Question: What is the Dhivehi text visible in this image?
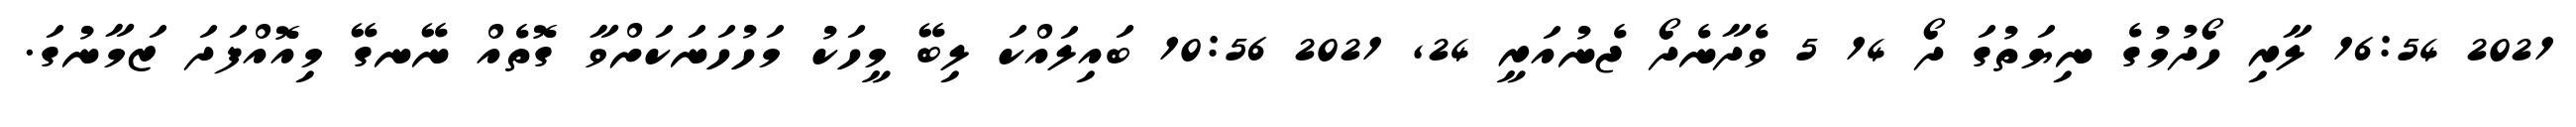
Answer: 2021 16:54 ލާރި ހޯދުމުގެ ނިޔަތުގަ ދޯ 14 5 ވެދާނެދޯ ޖެނުއަރީ 24, 2021 10:56 ބައިލައްކަ ލިބޭ މީހަކު މަހުހަނަކަށްވާ ގޮތެއް ނޭނގޭ މިއޮއްފަދަ ޒަމާނުގަ.